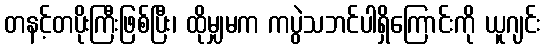
တနင့်တပိုးကြီးဖြစ်ပြီး၊ ထိုမျှမက ကပွဲသဘင်ပါရှိကြောင်းကို ယူဂျင်း